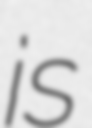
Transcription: is